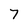
Character: 7